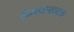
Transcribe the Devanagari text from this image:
संख्यासूचक